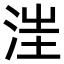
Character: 𣵭